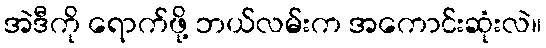
အဲဒီကို ရောက်ဖို့ ဘယ်လမ်းက အကောင်းဆုံးလဲ။